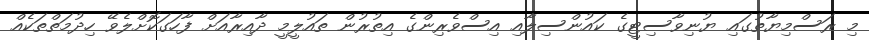
މި ރަސްމިޔާތުގައި ޔުނިވާސިޓީގެ ކައުންސިލާއި އިސްވެރިންގެ އިތުރުން ތައުލީމީ ދާއިރާއަށް ފާހަގަކޮށްލެވޭ ހިދުމަތްތަކެއް